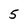
Character: 5